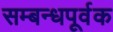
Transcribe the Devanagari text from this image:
सम्बन्धपूर्वक